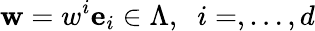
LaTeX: {\mathbf w}=w^{i}{\mathbf e}_{i}\in\Lambda,\; \; i=,\dots,d